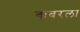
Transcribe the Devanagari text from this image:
बाबरला